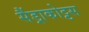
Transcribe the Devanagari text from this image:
सैंड्राकोट्टस